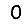
Digit: 0